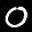
Label: 0